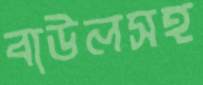
বাউলসহ